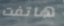
هاتفت